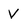
Character: v